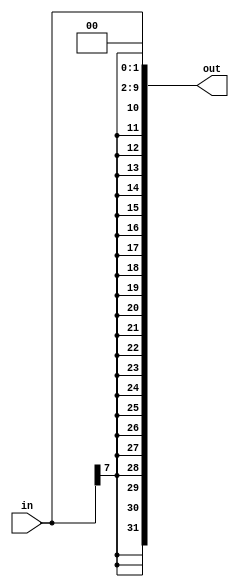
`timescale 1ns/100ps
module signedex_and_shift(in, out);

input [7:0] in;                 //input which should be signextended and shift
output reg [31:0] out;          //output the signextended and shifted value

reg [31:0] tmp2;

always @ (in)
 begin
  tmp2 = {{24{in[7]}}, in};     //sign extending
  out = tmp2 << 2;              //shifting
 end



endmodule